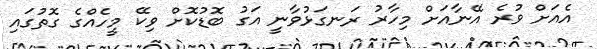
އެއަށް ވުރެ އޭނާއަށް މިހާރު ރަނގަޅުވާނީ އަގު ބޮޑުކޮށް ވިކޭ މީހެއްގެ ގޮތުގައި